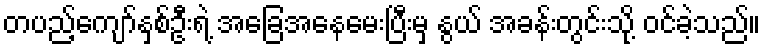
တပည့်ကျော်နှစ်ဦးရဲ့ အခြေအနေမေးပြီးမှ နွယ် အခန်းတွင်းသို့ ဝင်ခဲ့သည်။